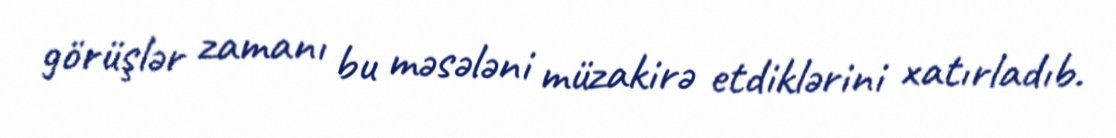
görüşlər zamanı bu məsələni müzakirə etdiklərini xatırladıb.